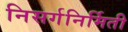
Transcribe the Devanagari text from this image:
निसर्गनिर्मिती